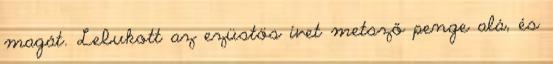
magát. Lebukott az ezüstös ívet metsző penge alá, és